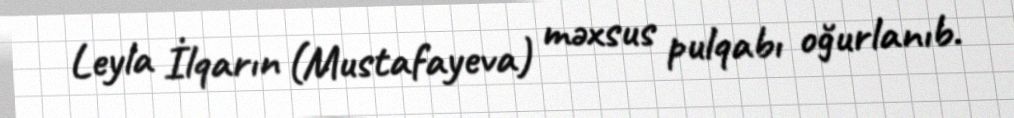
Leyla İlqarın (Mustafayeva) məxsus pulqabı oğurlanıb.